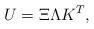
LaTeX: \begin{align*}U=\Xi \Lambda K^T, \end{align*}